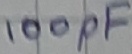
Text: 100pF